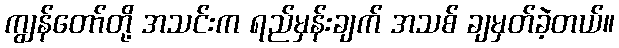
ကျွန်တော်တို့ အသင်းက ရည်မှန်းချက် အသစ် ချမှတ်ခဲ့တယ်။